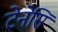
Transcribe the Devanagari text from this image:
टेनेसि